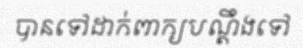
បានទៅដាក់ពាក្យបណ្តឹងទៅ